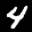
Label: 4